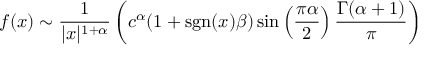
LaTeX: f ( x ) \sim { \frac { 1 } { | x | ^ { 1 + \alpha } } } \left( c ^ { \alpha } ( 1 + \operatorname { s g n } ( x ) \beta ) \sin \left( { \frac { \pi \alpha } { 2 } } \right) { \frac { \Gamma ( \alpha + 1 ) } { \pi } } \right)